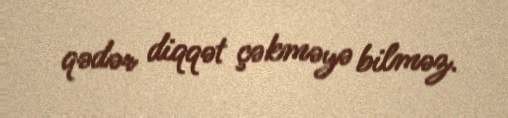
qədər diqqət çəkməyə bilməz.